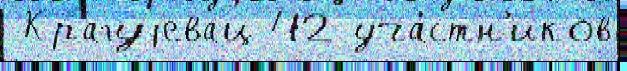
 Крагуjевац 42 уча́стн'иков